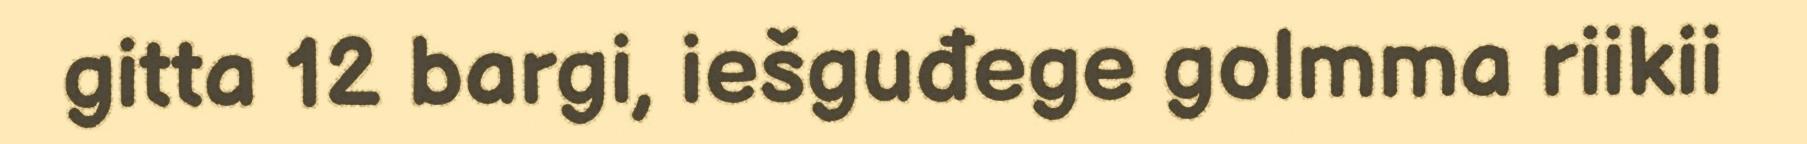
gitta 12 bargi, iešguđege golmma riikii